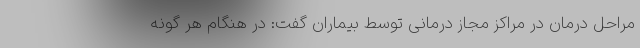
مراحل درمان در مراکز مجاز درمانی توسط بیماران گفت: در هنگام هر گونه